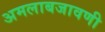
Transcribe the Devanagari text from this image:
अमलाबजावणी